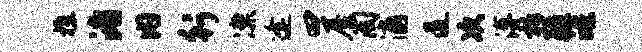
樵渚内行凛逢曰屋淘浦道次溥柝疆皓